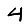
Digit: 4